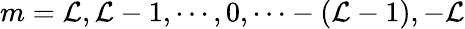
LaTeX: m=\mathcal{L},\mathcal{L}-1,\cdots,0,\cdots-(\mathcal{L}-1),-\mathcal{L}